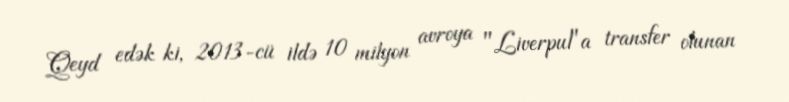
Qeyd edək ki, 2013-cü ildə 10 milyon avroya "Liverpul"a transfer olunan